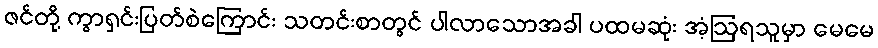
ဇင်တို့ ကွာရှင်းပြတ်စဲကြောင်း သတင်းစာတွင် ပါလာသောအခါ ပထမဆုံး အံ့ဩရသူမှာ မေမေ